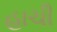
હાચી